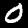
Label: 0